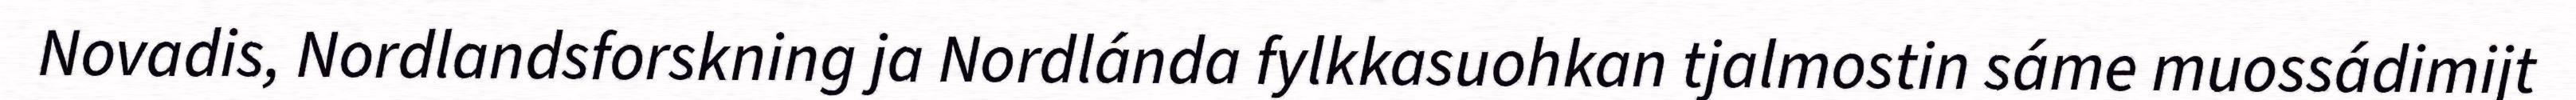
Novadis, Nordlandsforskning ja Nordlánda fylkkasuohkan tjalmostin sáme muossádimijt